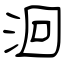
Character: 洄